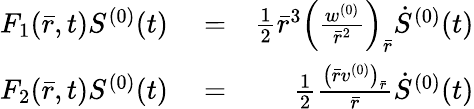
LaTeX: \begin{array}{rlr}{F_{1}(\bar{r},t)S^{(0)}(t)}&{{}=}&{\frac{1}{2}\bar{r}^{3}\left(\frac{w^{(0)}}{\bar{r}^{2}}\right)_{\bar{r}}\dot{S}^{(0)}(t)}\\ {F_{2}(\bar{r},t)S^{(0)}(t)}&{{}=}&{\frac{1}{2}\frac{\left(\bar{r}v^{(0)}\right)_{\bar{r}}}{\bar{r}}\dot{S}^{(0)}(t)}\end{array}